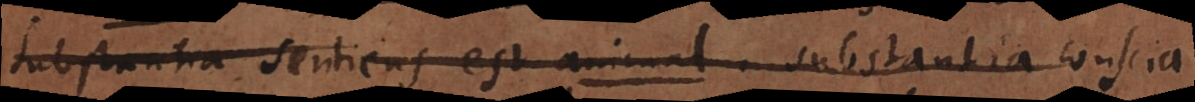
substantia sentiens est animal. substantia conscia